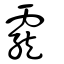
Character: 靇